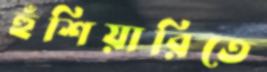
হুঁশিয়ারিতে